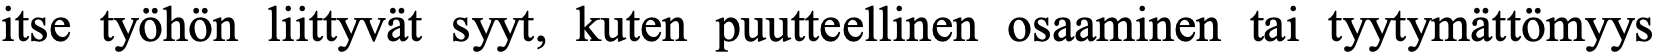
itse työhön liittyvät syyt, kuten puutteellinen osaaminen tai tyytymättömyys